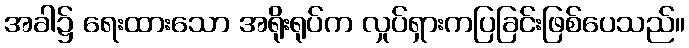
အခါ၌ ရေးထားသော အရိုးရုပ်က လှုပ်ရှားကပြခြင်းဖြစ်ပေသည်။